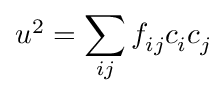
u ^ { 2 } = \sum _ { i j } f _ { i j } c _ { i } c _ { j }